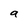
Character: a